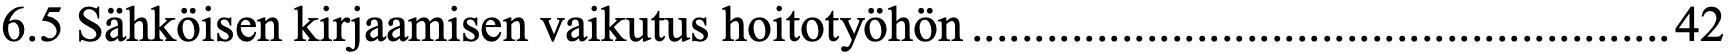
6.5 Sähköisen kirjaamisen vaikutus hoitotyöhön ........................................................ 42